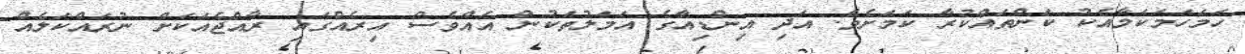
ހަމަހަމަކަމާއެކު ކަންތައްކުރާ ކަމަށެވެ. އަދި އިންޑިއާގެ އަމަލުތަކުން އެއްވެސް އިރެއްގައި ރާއްޖެއަކަށް ނުރައްކަލެއް